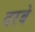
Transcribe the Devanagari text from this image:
दरबे